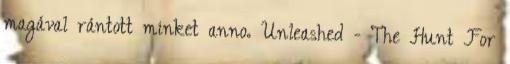
magával rántott minket anno. Unleashed - The Hunt For